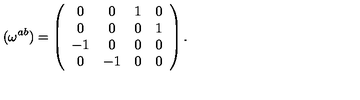
( \omega ^ { a b } ) = \left( \begin{array} { c c c c } { 0 } & { 0 } & { 1 } & { 0 } \\ { 0 } & { 0 } & { 0 } & { 1 } \\ { - 1 } & { 0 } & { 0 } & { 0 } \\ { 0 } & { - 1 } & { 0 } & { 0 } \\ \end{array} \right) .